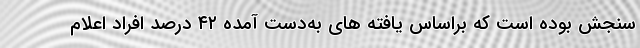
سنجش بوده است که براساس یافته­ های به‌دست آمده ۴۲ درصد افراد اعلام